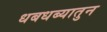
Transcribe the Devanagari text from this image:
धबधब्यातुन